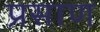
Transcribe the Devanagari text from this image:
प्रसाण